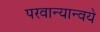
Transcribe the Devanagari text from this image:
परवान्यान्वये